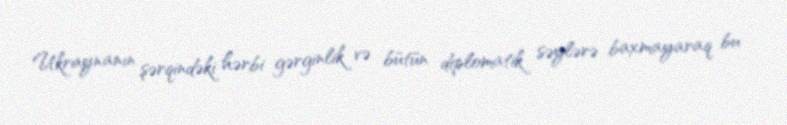
Ukraynanın şərqindəki hərbi gərginlik və bütün diplomatik səylərə baxmayaraq bu